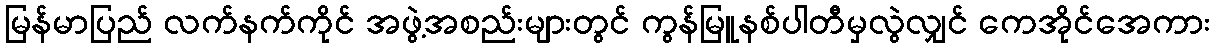
မြန်မာပြည် လက်နက်ကိုင် အဖွဲ့အစည်းများတွင် ကွန်မြူနစ်ပါတီမှလွဲလျှင် ကေအိုင်အေကား